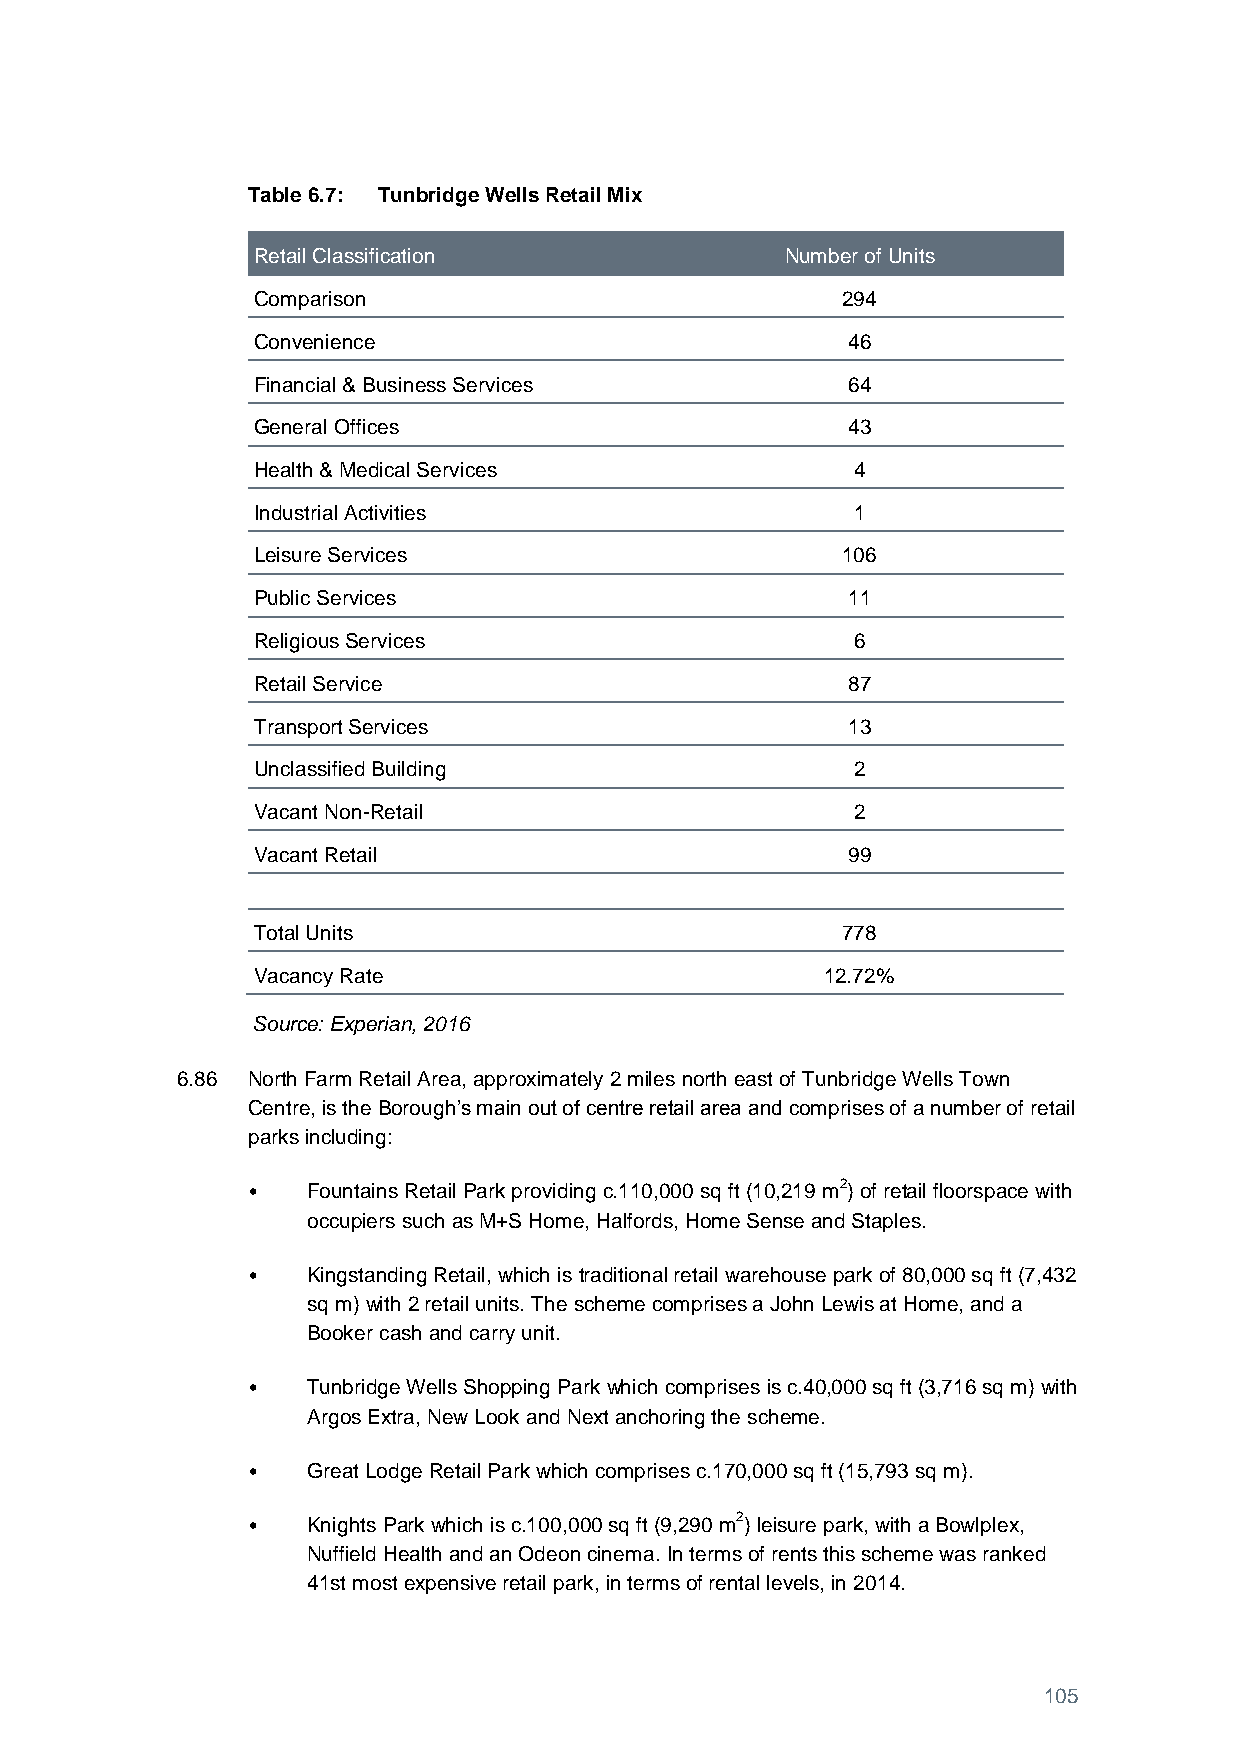
Table 6.7: Tunbridge Wells Retail Mix
 Retail Classification              Number of Units
 Comparison                             294
 Convenience                            46
 Financial & Business Services          64
 General Offices                        43
 Health & Medical Services               4
 Industrial Activities                   1
 Leisure Services                       106
 Public Services                        11
 Religious Services                      6
 Retail Service                         87
 Transport Services                     13
 Unclassified Building                   2
 Vacant Non-Retail                       2
 Vacant Retail                          99
 Total Units                            778
 Vacancy Rate                          12.72%
 Source: Experian, 2016
 6.86 North Farm Retail Area, approximately 2 miles north east of Tunbridge Wells Town
 Centre, is the Borough’s main out of centre retail area and comprises of a number of retail
 parks including:
 •   Fountains Retail Park providing c.110,000 sq ft (10,219 m2) of retail floorspace with
 occupiers such as M+S Home, Halfords, Home Sense and Staples.
 •   Kingstanding Retail, which is traditional retail warehouse park of 80,000 sq ft (7,432
 sq m) with 2 retail units. The scheme comprises a John Lewis at Home, and a
 Booker cash and carry unit.
 •   Tunbridge Wells Shopping Park which comprises is c.40,000 sq ft (3,716 sq m) with
 Argos Extra, New Look and Next anchoring the scheme.
 •   Great Lodge Retail Park which comprises c.170,000 sq ft (15,793 sq m).
 •   Knights Park which is c.100,000 sq ft (9,290 m2) leisure park, with a Bowlplex,
 Nuffield Health and an Odeon cinema. In terms of rents this scheme was ranked
 41st most expensive retail park, in terms of rental levels, in 2014.
 105